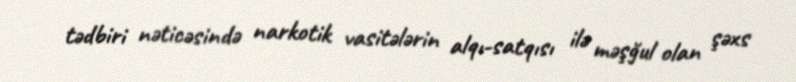
tədbiri nəticəsində narkotik vasitələrin alqı-satqısı ilə məşğul olan şəxs